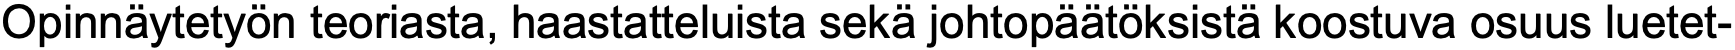
Opinnäytetyön teoriasta, haastatteluista sekä johtopäätöksistä koostuva osuus luetet-